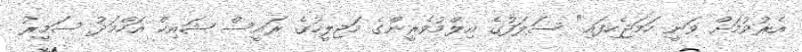
އެރުވުމަށް ވަނީ ހަމަޖެހިފައި" ސަލަފުގެ އިލްމުވެރީންގެ މަޖިލީހުގެ ރައީސް ޝައިޚް އަހްމަދު ސަމީރު